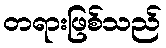
တရားဖြစ်သည်